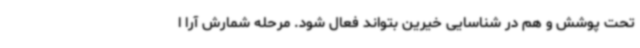
تحت پوشش و هم در شناسایی خیرین بتواند فعال شود. مرحله شمارش آرا ا